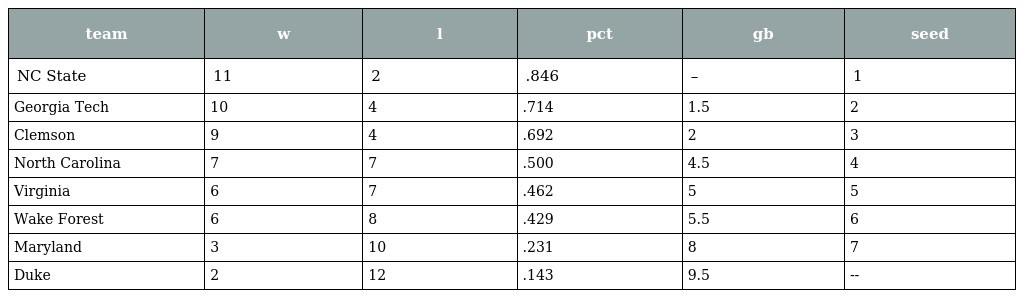
| team | w | l | pct | gb | seed |
 | --- | --- | --- | --- | --- | --- |
 | NC State | 11 | 2 | .846 | – | 1 |
 | Georgia Tech | 10 | 4 | .714 | 1.5 | 2 |
 | Clemson | 9 | 4 | .692 | 2 | 3 |
 | North Carolina | 7 | 7 | .500 | 4.5 | 4 |
 | Virginia | 6 | 7 | .462 | 5 | 5 |
 | Wake Forest | 6 | 8 | .429 | 5.5 | 6 |
 | Maryland | 3 | 10 | .231 | 8 | 7 |
 | Duke | 2 | 12 | .143 | 9.5 | -- |